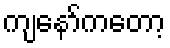
ကျနော်ကတော့